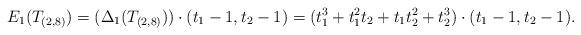
LaTeX: \begin{align*}E_1(T_{(2,8)})=(\Delta_1(T_{(2,8)}))\cdot(t_1-1,t_2-1)=(t_{1}^{3}+t_{1}^{2}t_{2}+t_{1}t_{2}^{2}+t_{2}^{3})\cdot(t_1-1,t_2-1).\end{align*}